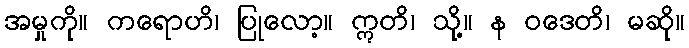
အမှုကို။ ကရောဟိ၊ ပြုလော့။ ဣတိ၊ သို့။ န ဝဒေတိ၊ မဆို။